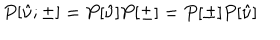
P [ \hat { \nu } ; \pm ] = P [ \hat { \nu } ] P [ \pm ] = P [ \pm ] P [ \hat { \nu } ]